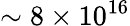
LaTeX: \sim 8\times 10^{16}